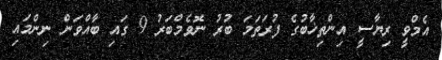
އެމްވީ ރިޔާސީ އިންތިޚާބުގެ ފުރަތަމަ ބުރު ނޮވެމްބަރު 9 ގައި ބާއްވަން ނިންމައި